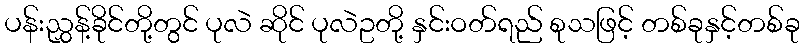
ပန်းညွှန့်ခိုင်တို့တွင် ပုလဲ ဆိုင် ပုလဲဥတို့ နှင်းဝတ်ရည် စုသဖြင့် တစ်ခုနှင့်တစ်ခု